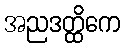
အညဒတ္ထိကေ